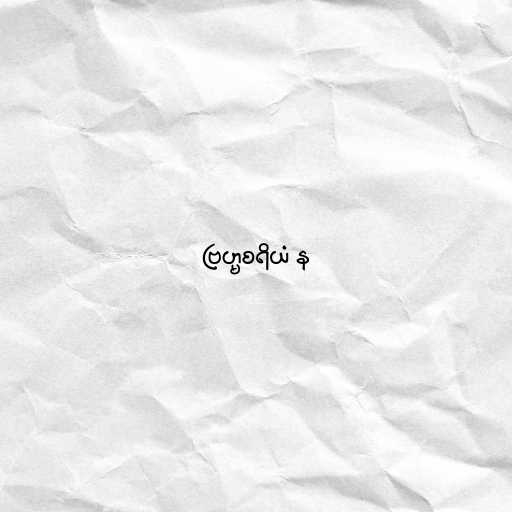
ဗြဟ္မစရိယံ န